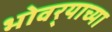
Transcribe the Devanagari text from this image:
भोवर्‍याच्या